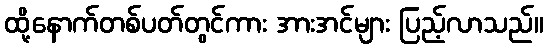
ထို့နောက်တစ်ပတ်တွင်ကား အားအင်များ ပြည့်လာသည်။